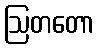
ဩတတော